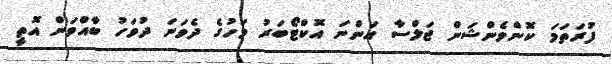
ފުރަތަމަ ކޮންވެންޝަން ޖަލްސާ އަންނަ އޮކްޓޯބަރު މަހުގެ ދެވަނަ ދުވަހު ބާއްވަން އޮތީ